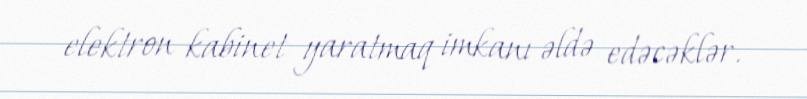
elektron kabinet yaratmaq imkanı əldə edəcəklər.